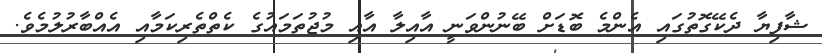
ޝާފިޔާ ދެކޭގޮތުގައި އެންމެ ބޮޑަށް ބޭނުންވަނީ އާއިލާ އާއި މުޖުތަމައުގެ ކެތްތެރިކަމާއި އެއްބާރުލުމެވެ.